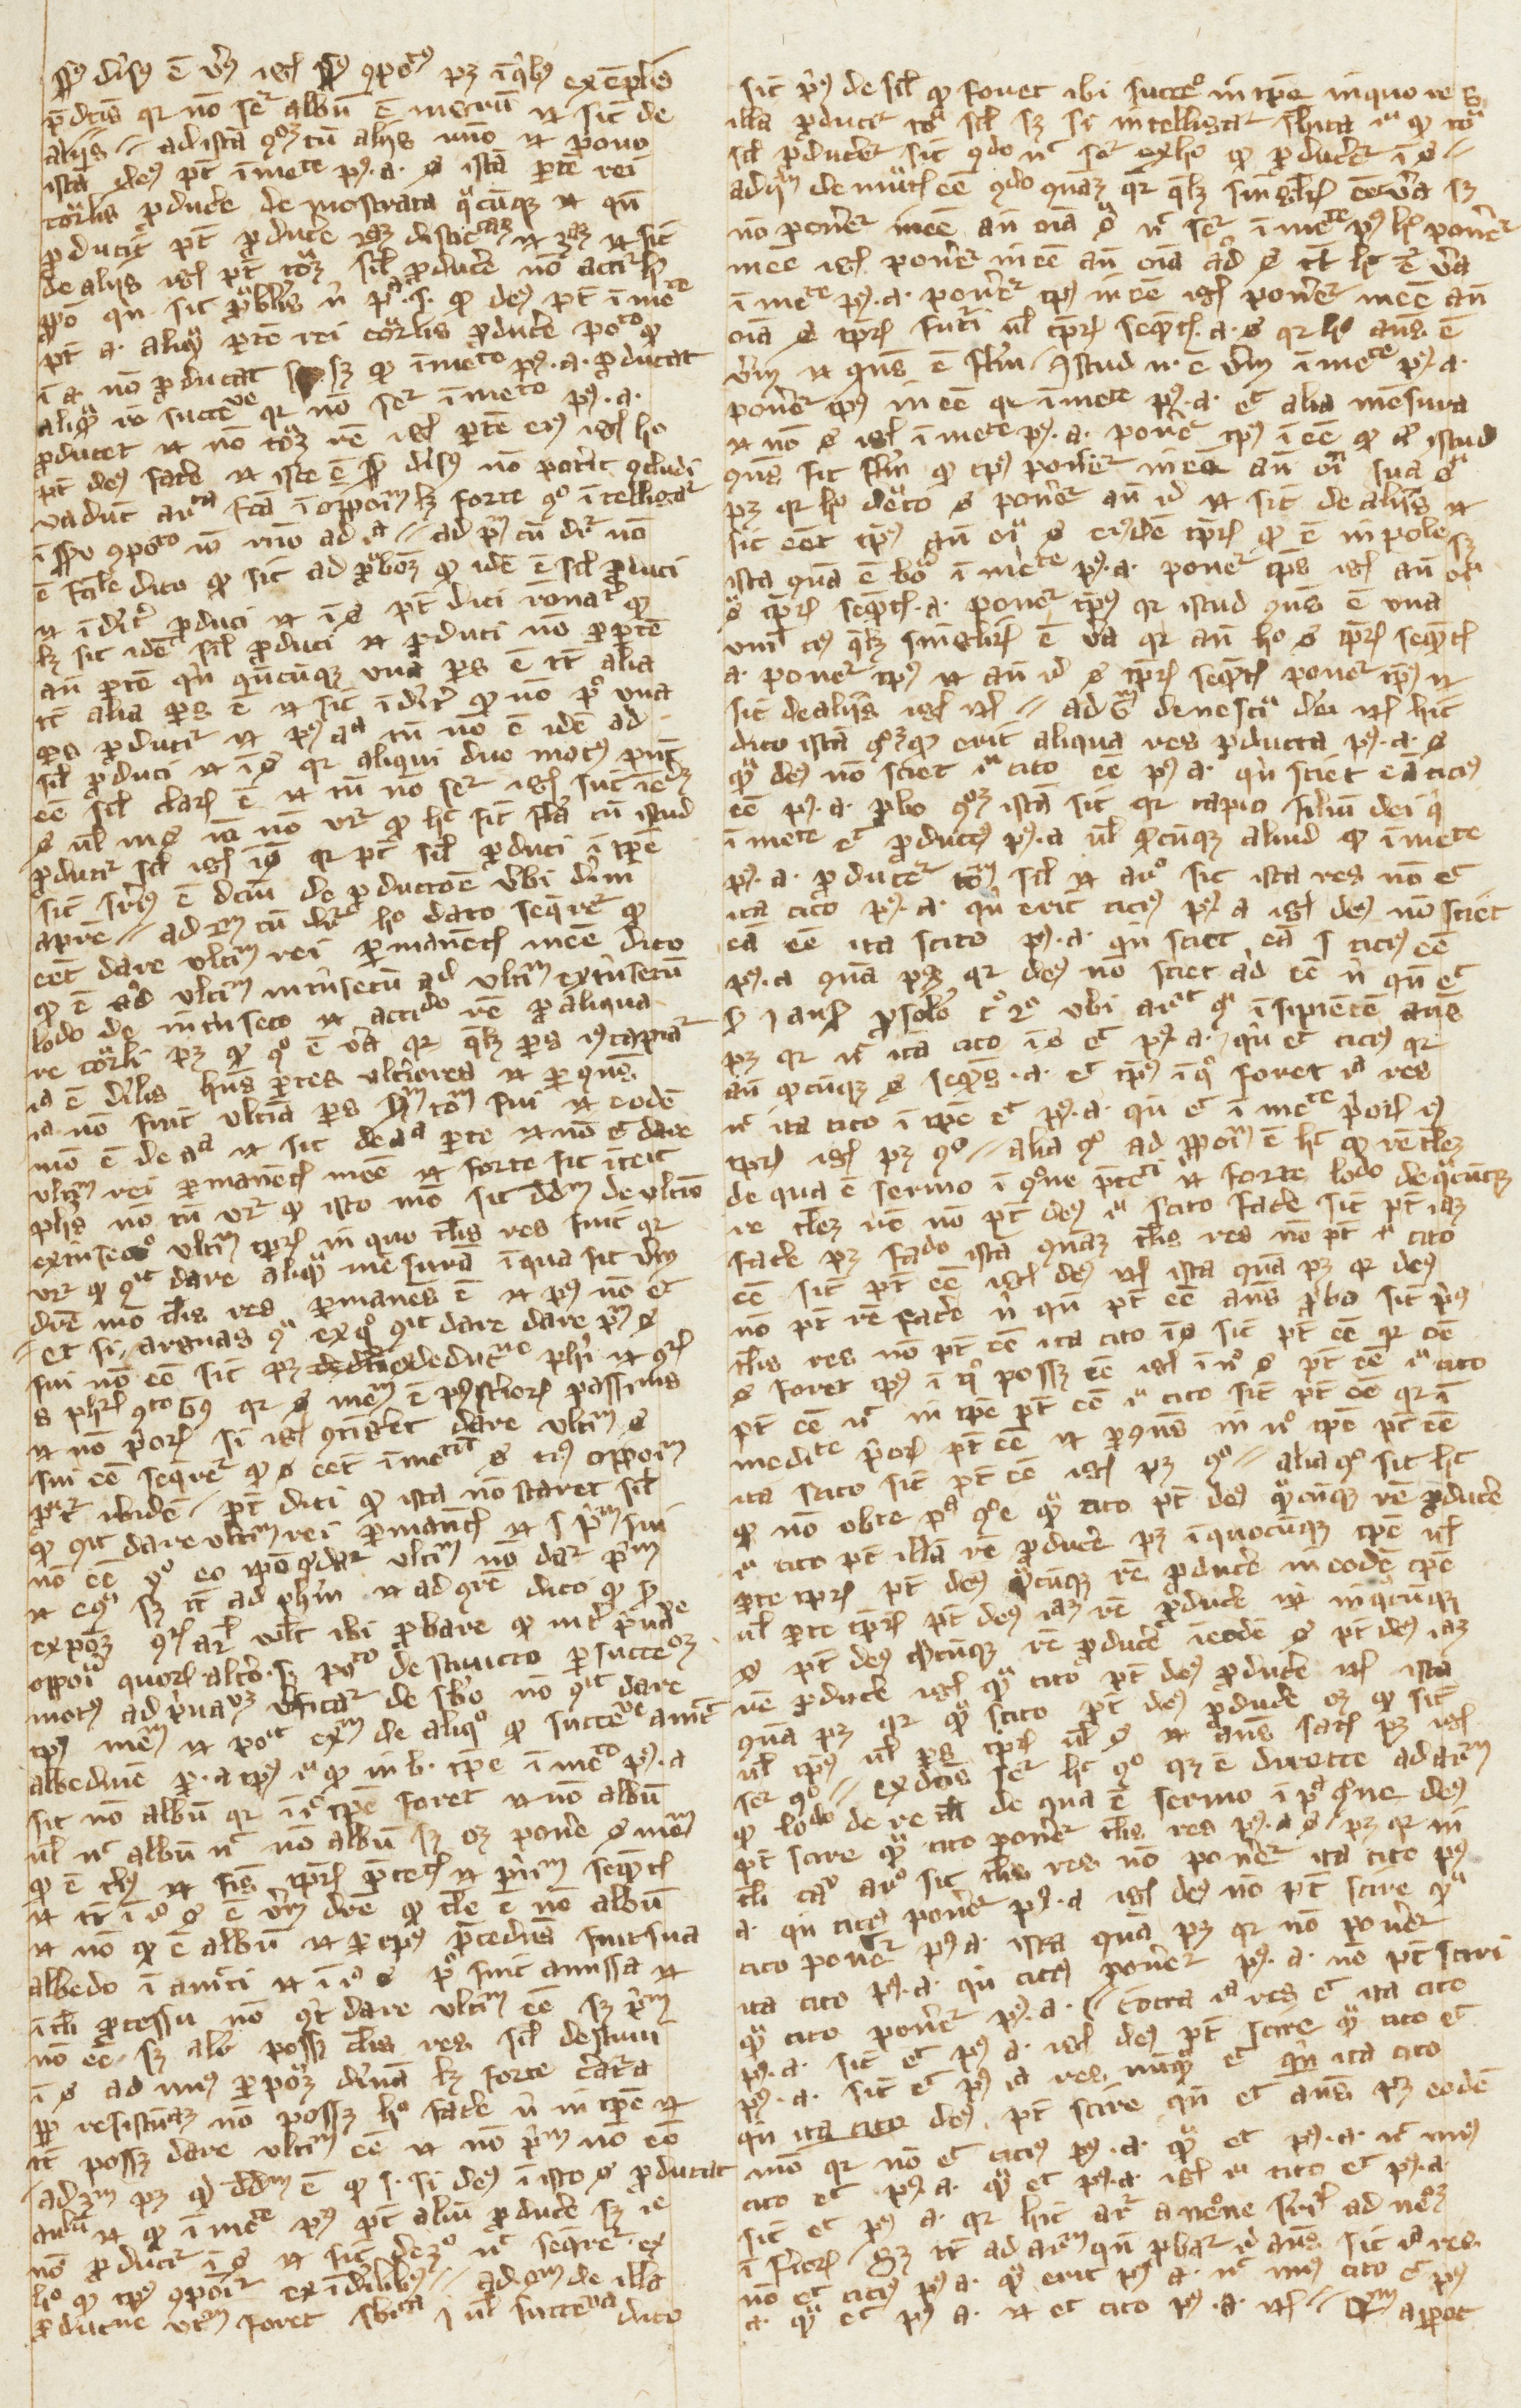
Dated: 1270–1399